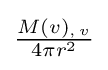
{\textstyle {\frac {M(v)_{,\,v}}{4\pi r^{2}}}}